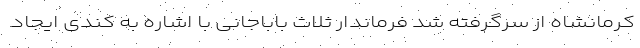
کرمانشاه از سرگرفته شد فرماندار ثلاث باباجانی با اشاره به کندی ایجاد